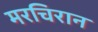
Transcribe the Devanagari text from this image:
मरचिरान